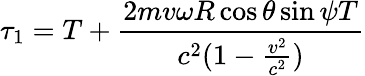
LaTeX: \tau_{1}=T+\frac{2mv\omega R\cos{\theta}\sin{\psi}T}{c^{2}(1-\frac{v^{2}}{c^{2}})}